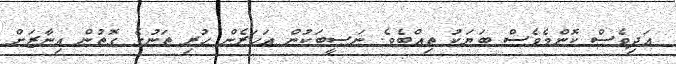
އަދިވެސް ކޮންމެވެސް ބަޔަކު ތިއްބެވެ. ނަޞީބަކުން އަހަރެން ހުރި ތަނުގެ ގޮތުން އިނާޒަށް